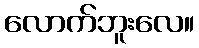
လောက်ဘူးလေ။